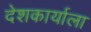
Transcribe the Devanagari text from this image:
देशकार्याला